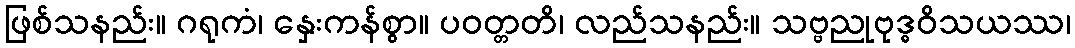
ဖြစ်သနည်း။ ဂရုကံ၊ နှေးကန်စွာ။ ပဝတ္တတိ၊ လည်သနည်း။ သဗ္ဗညုဗုဒ္ဓဝိသယဿ၊